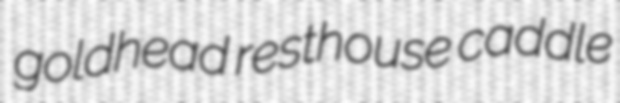
goldhead resthouse caddle